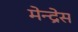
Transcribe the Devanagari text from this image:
मेन्द्रेस